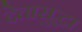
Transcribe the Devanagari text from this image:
देतासुद्धा